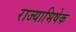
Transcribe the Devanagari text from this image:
राज्‍याभिषेक